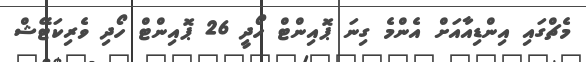
މެޗްގައި އިންޑިއާއަށް އެންމެ ގިނަ ޕޮއިންޓް ހޯދީ 26 ޕޮއިންޓް ހޯދި ވެރިކަޓޭޝް